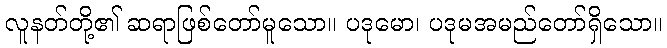
လူနတ်တို့၏ ဆရာဖြစ်တော်မူသော။ ပဒုမော၊ ပဒုမအမည်တော်ရှိသော။